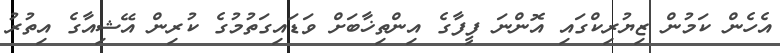
އެހެން ކަމުން ޒިޔުރިކްގައި އޮންނަ ފީފާގެ އިންތިޚާބަށް ވަޑައިގަތުމުގެ ކުރިން އޭޝިއާގެ އިތުރު